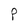
Character: P